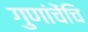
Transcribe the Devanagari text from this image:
गुणांचेंचि